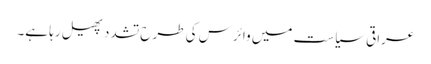
عراقی سیاست میں وائرس کی طرح تشدد پھیل رہا ہے۔